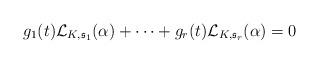
LaTeX: \begin{align*}g_1(t)\mathcal{L}_{K, \mathfrak{s}_1}(\alpha)+\cdots+g_r(t)\mathcal{L}_{K, \mathfrak{s}_r}(\alpha)=0\end{align*}